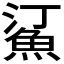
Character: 𬵋